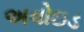
અવોઇડ